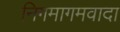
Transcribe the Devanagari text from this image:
निगमागमवादा